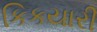
કિકયારી